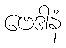
ဗေဒါနံ